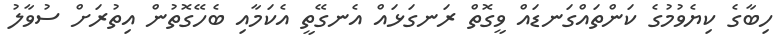
ހިބާގެ ކިޔެވުމުގެ ކަންތައްގަނޑައް ވީގޮތް ރަނގަޅައް އެނގޭތީ އެކަމާއި ބެހޭގޮތުން އިތުރަށް ސުވާލު